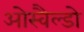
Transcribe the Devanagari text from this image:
ओस्वैल्डो